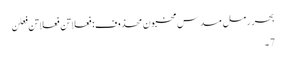
بحرِ رمل مسدس مخبون محذوف:فعلاتن فعلاتن فعلن
7۔